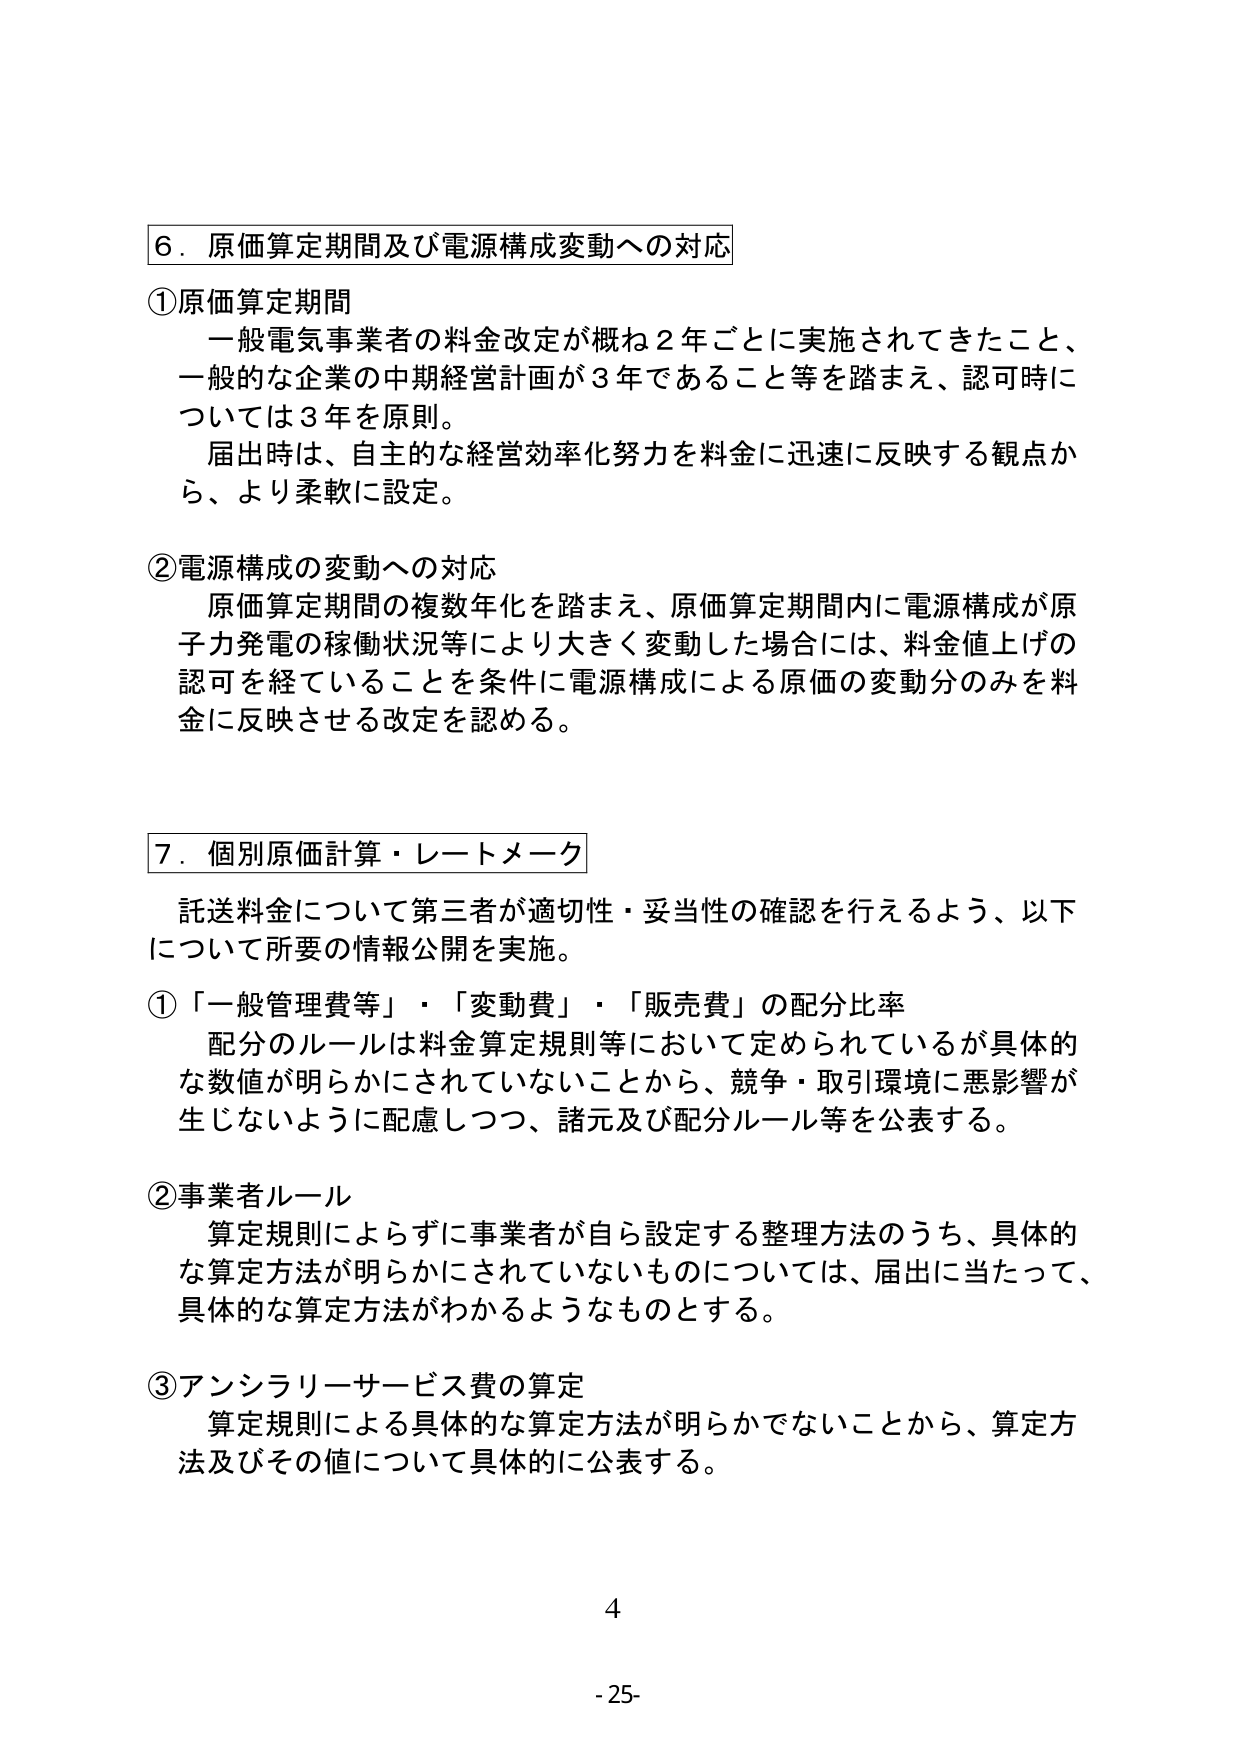
6．原価算定期間及び電源構成変動への対応

①原価算定期間
一般電気事業者の料金改定が概ね2年ごとに実施されてきたこと、
一般的な企業の中期経営計画が3年であること等を踏まえ、認可時に
ついては3年を原則。
届出時は、自主的な経営効率化努力を料金に迅速に反映する観点か
ら、より柔軟に設定。

②電源構成の変動への対応
原価算定期間の複数年化を踏まえ、原価算定期間内に電源構成が原
子力発電の稼働状況等により大きく変動した場合には、料金値上げの
認可を経ていることを条件に電源構成による原価の変動分のみを料
金に反映させる改定を認める。

7．個別原価計算・レートメーク

託送料金について第三者が適切性・妥当性の確認を行えるよう、以下
について所要の情報公開を実施。

①「一般管理費等」・「変動費」・「販売費」の配分比率
配分のルールは料金算定規則等において定められているが具体的
な数値が明らかにされていないことから、競争・取引環境に悪影響が
生じないように配慮しつつ、諸元及び配分ルール等を公表する。

②事業者ルール
算定規則によらずに事業者が自ら設定する整理方法のうち、具体的
な算定方法が明らかにされていないものについては、届出に当たって、
具体的な算定方法がわかるようなものとする。

③アンシラリーサービス費の算定
算定規則による具体的な算定方法が明らかでないことから、算定方
法及びその値について具体的に公表する。

4
-25-